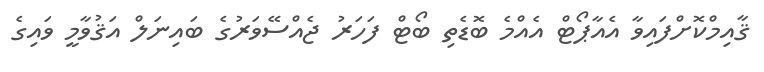
ޤާއިމްކޮށްފައިވާ އެއާޕޯޓް އެއްމެ ބޮޑެތި ބޯޓް ފަހަރު ޖެއްސޭވަރުގެ ބައިނަލް އަޤުވާމީ ވައިގެ